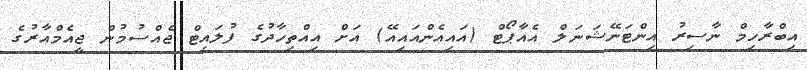
އިބްރާހިމް ނާސިރު އިންޓަނޭޝަނަލް އެއާޕޯޓް (އައިއެންއައިއޭ) އަށް އިއްތިހާދުގެ ފުލައިޓް ޖެއްސުމުން ޖީއެމްއާރުގެ